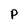
Character: P